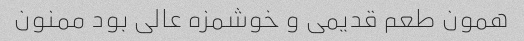
همون طعم قدیمی و خوشمزه عالی بود ممنون